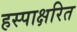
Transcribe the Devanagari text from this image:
हस्पाक्षरित